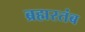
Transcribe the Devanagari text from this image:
ब्रह्मस्तंब